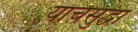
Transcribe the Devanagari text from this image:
याचेसुद्धा